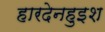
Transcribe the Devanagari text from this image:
हारदेनहुइश